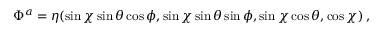
\Phi ^ { a } = \eta ( \sin \chi \sin \theta \cos \phi , \sin \chi \sin \theta \sin \phi , \sin \chi \cos \theta , \cos \chi ) \, ,